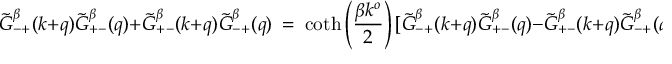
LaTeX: \tilde { G } _ { - + } ^ { \beta } ( k + q ) \tilde { G } _ { + - } ^ { \beta } ( q ) + \tilde { G } _ { + - } ^ { \beta } ( k + q ) \tilde { G } _ { - + } ^ { \beta } ( q ) \ = \ \coth \left( { \frac { \beta k ^ { o } } { 2 } } \right) [ \tilde { G } _ { - + } ^ { \beta } ( k + q ) \tilde { G } _ { + - } ^ { \beta } ( q ) - \tilde { G } _ { + - } ^ { \beta } ( k + q ) \tilde { G } _ { - + } ^ { \beta } ( q ) ] .